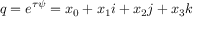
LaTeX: q = e ^ { \tau \psi } = x _ { 0 } + x _ { 1 } i + x _ { 2 } j + x _ { 3 } k